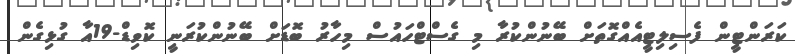
ކަރަންޓީން ފެސިލިޓީއެއްގޮތަށް ބޭނުންކުރާ މި ގެސްޓްހައުސް މިހާރު ބޮޑަށް ބޭނުންކުރަނީ ކޮވިޑް-19އާ ގުޅިގެން